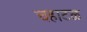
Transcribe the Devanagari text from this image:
चहाटळ